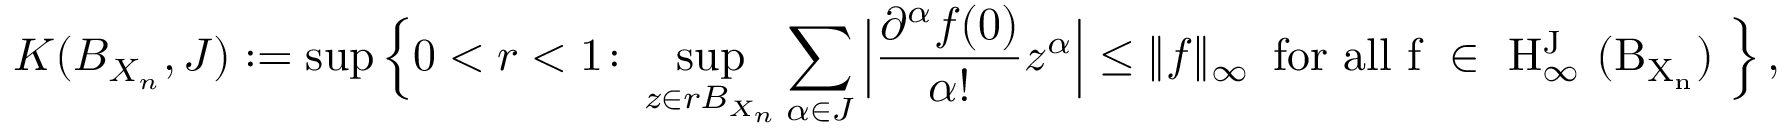
K ( B _ { X _ { n } } , J ) : = \operatorname* { s u p } \Big \{ 0 < r < 1 \colon \operatorname* { s u p } _ { z \in r B _ { X _ { n } } } \sum _ { \alpha \in J } \Big | \frac { \partial ^ { \alpha } f ( 0 ) } { \alpha ! } z ^ { \alpha } \Big | \le \| f \| _ { \infty } \, \, \, \mathrm { f o r ~ a l l ~ f ~ \in ~ H ^ J _ \infty ~ ( B _ { X _ n } ) ~ } \Big \} \, ,